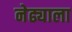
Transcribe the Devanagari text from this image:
नेढ्याला